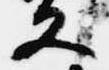
又